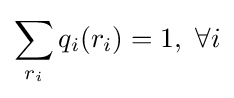
\sum _{r_{i}}q_{i}(r_{i})=1,\ \forall i